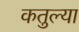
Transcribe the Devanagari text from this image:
कतुल्या